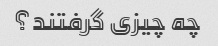
چه چیزی گرفتند؟